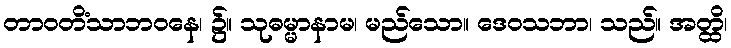
တာဝတိံသာဘဝနေ၊ ၌။ သုဓမ္မာနာမ၊ မည်သော။ ဒေဝသဘာ၊ သည်။ အတ္ထိ၊